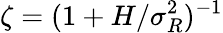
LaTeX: \zeta=(1+H/\sigma_{R}^{2})^{-1}